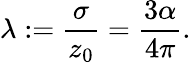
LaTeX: \lambda:={\frac{\sigma}{z_{0}}}={\frac{3\alpha}{4\pi}}.